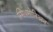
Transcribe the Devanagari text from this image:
स्मिथसोनिअन